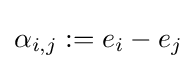
\alpha _{i,j}:=e_{i}-e_{j}